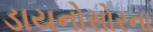
ડાયનોસોરના